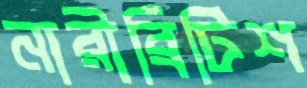
নারীব্রিটিশ